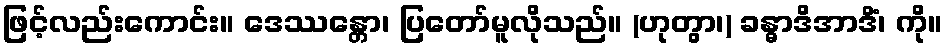
ဖြင့်လည်းကောင်း။ ဒေဿန္တော၊ ပြတော်မူလိုသည်။ (ဟုတွာ၊) ခန္ဓာဒိအာဒိံ၊ ကို။